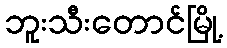
ဘူးသီးတောင်မြို့